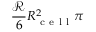
\frac { \mathcal { R } } { 6 } R _ { \mathrm { ~ c ~ e ~ l ~ l ~ } } ^ { 2 } \pi